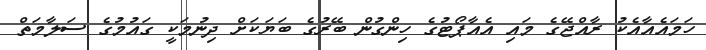
ހަމައެއާއެކު ރާއްޖޭގެ މައި އެއާޕޯޓުގެ ހިންގުން ބޭރުގެ ބަޔަކަށް ދިނުމަކީ ގައުމުގެ ސަލާމަތް